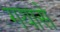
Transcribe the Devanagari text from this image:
गयासे